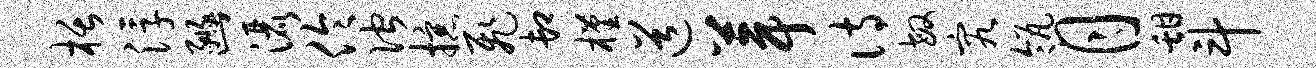
栝浮豳洒伶伫掠飞卸槿道葺诗敏究瓴月甜斗